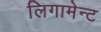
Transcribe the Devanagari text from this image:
लिगामेन्ट